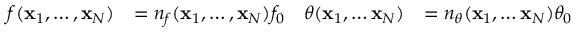
\begin{array} { r l r l } { f ( \mathbf { x } _ { 1 } , \ldots , \mathbf { x } _ { N } ) } & { = n _ { f } ( \mathbf { x } _ { 1 } , \ldots , \mathbf { x } _ { N } ) f _ { 0 } } & { \theta ( \mathbf { x } _ { 1 } , \ldots \mathbf { x } _ { N } ) } & { = n _ { \theta } ( \mathbf { x } _ { 1 } , \ldots \mathbf { x } _ { N } ) \theta _ { 0 } } \end{array}